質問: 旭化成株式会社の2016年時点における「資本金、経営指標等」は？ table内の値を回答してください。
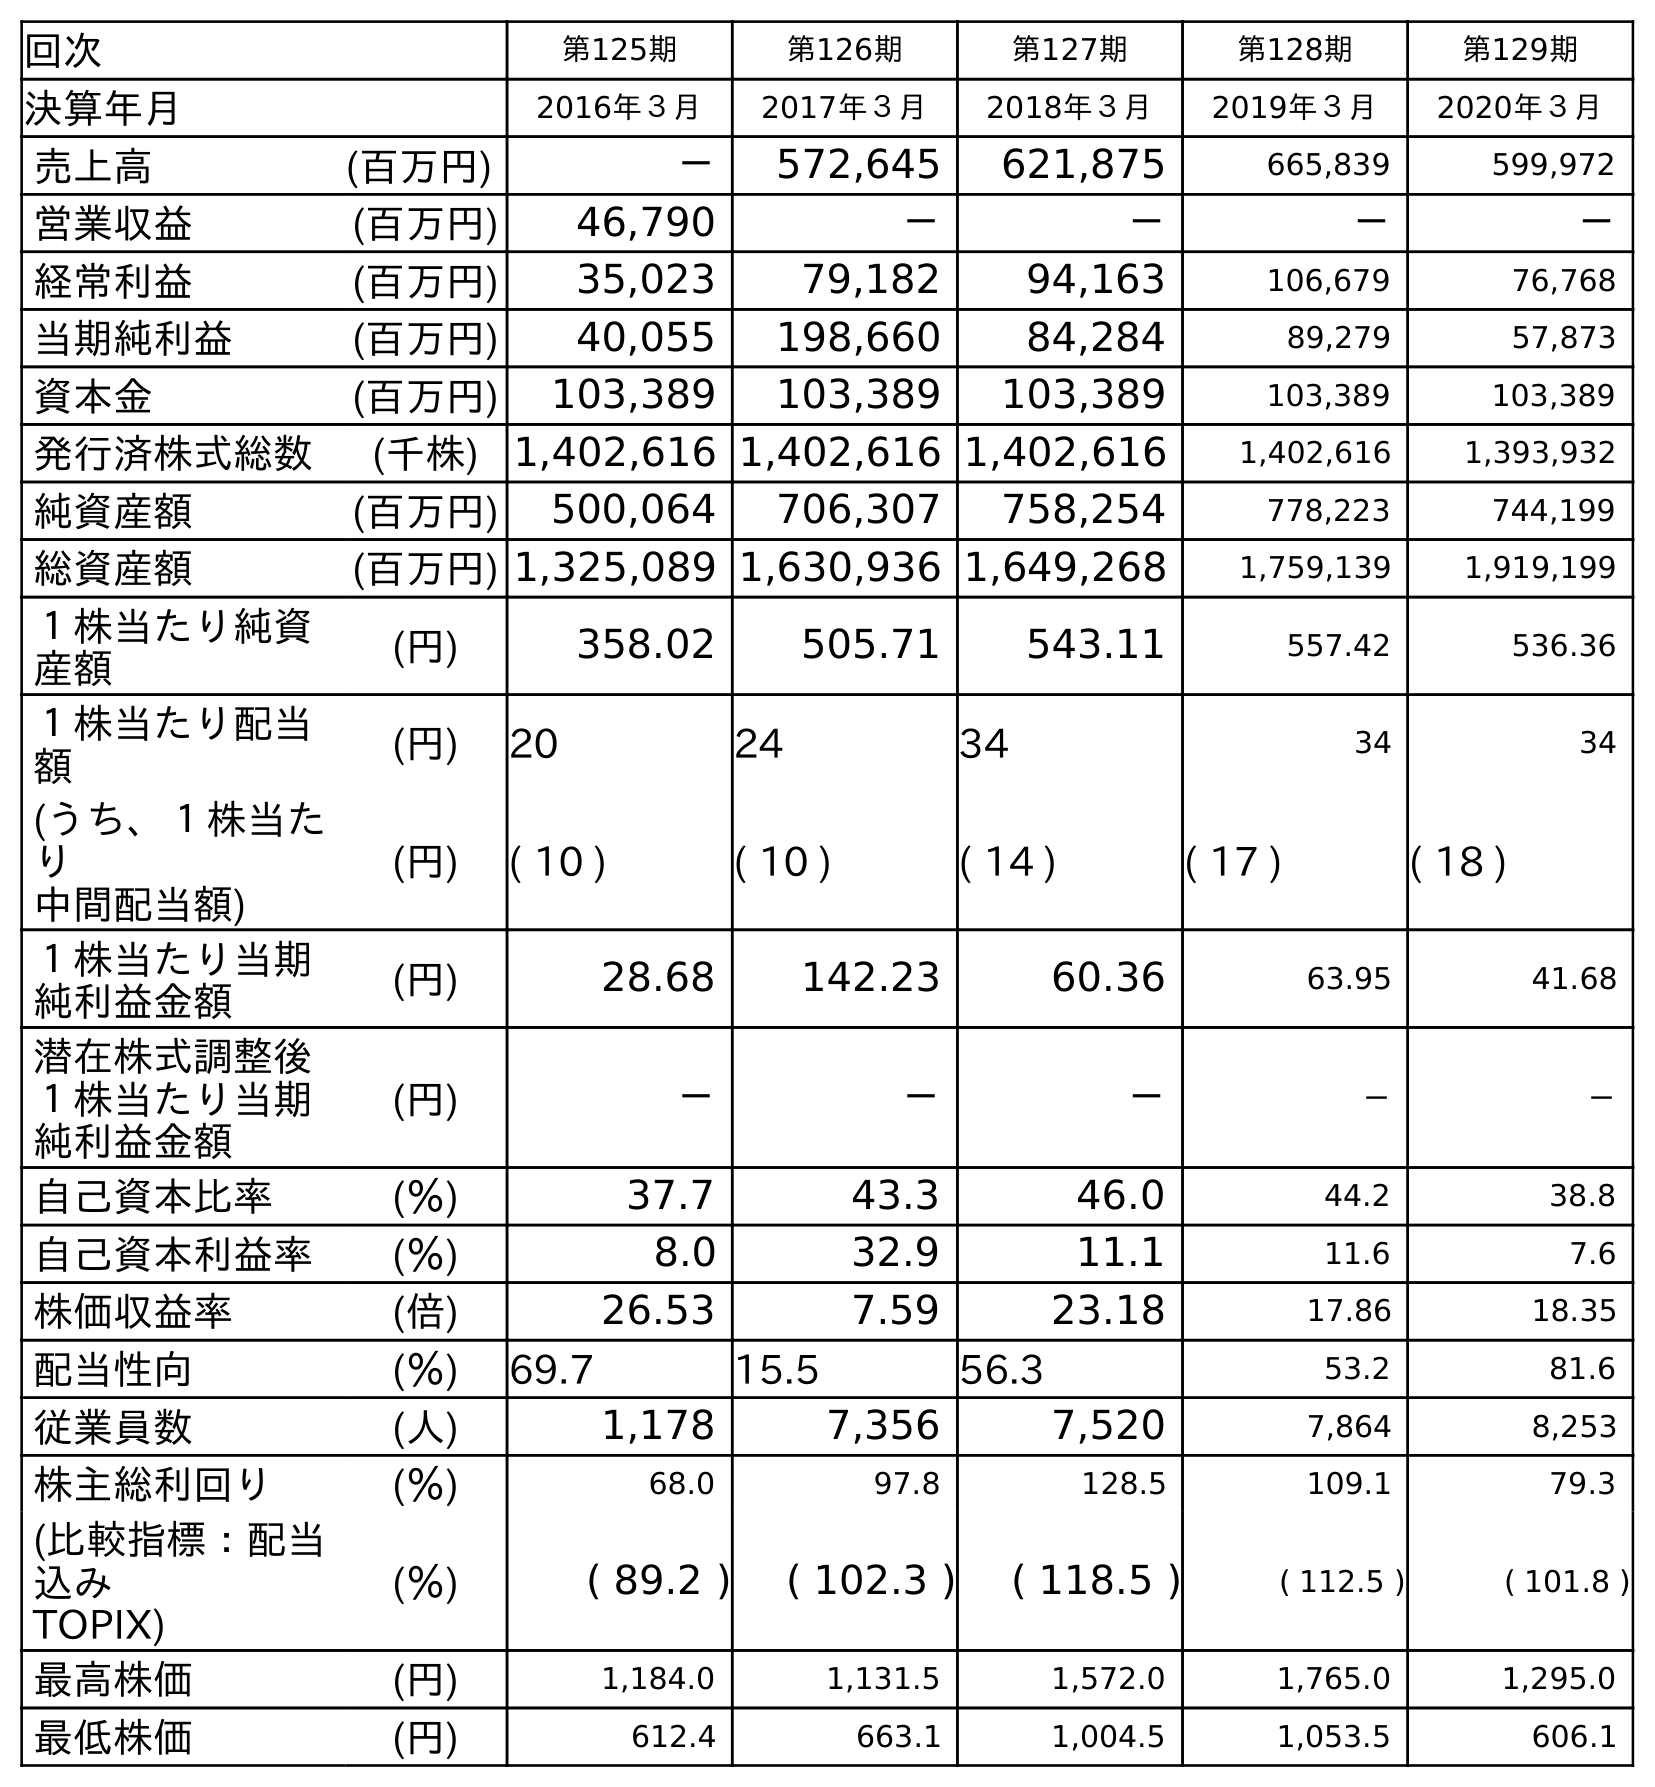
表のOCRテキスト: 回次 第125期 第126期 第127期 第128期 第129期 決算年月 2016年３月 2017年３月 2018年３月 2019年３月 2020年３月 売上高 (百万円) － 572,645 621,875 665,839 599,972 営業収益 (百万円) 46,790 － － － － 経常利益 (百万円) 35,023 79,182 94,163 106,679 76,768 当期純利益 (百万円) 40,055 198,660 84,284 89,279 57,873 資本金 (百万円) 103,389 103,389 103,389 103,389 103,389 発行済株式総数 (千株) 1,402,616 1,402,616 1,402,616 1,402,616 1,393,932 純資産額 (百万円) 500,064 706,307 758,254 778,223 744,199 総資産額 (百万円) 1,325,089 1,630,936 1,649,268 1,759,139 1,919,199 １株当たり純資 産額 (円) 358.02 505.71 543.11 557.42 536.36 １株当たり配当 額 (円) 20 24 34 34 34 (うち、１株当た り 中間配当額) (円) ( 10 ) ( 10 ) ( 14 ) ( 17 ) ( 18 ) １株当たり当期 純利益金額 (円) 28.68 142.23 60.36 63.95 41.68 潜在株式調整後 １株当たり当期 純利益金額 (円) － － － － － 自己資本比率 (％) 37.7 43.3 46.0 44.2 38.8 自己資本利益率 (％) 8.0 32.9 11.1 11.6 7.6 株価収益率 (倍) 26.53 7.59 23.18 17.86 18.35 配当性向 (％) 69.7 15.5 56.3 53.2 81.6 従業員数 (人) 1,178 7,356 7,520 7,864 8,253 株主総利回り (％) 68.0 97.8 128.5 109.1 79.3 (比較指標：配当 込み TOPIX) (％) ( 89.2 ) ( 102.3 ) ( 118.5 ) ( 112.5 ) ( 101.8 ) 最高株価 (円) 1,184.0 1,131.5 1,572.0 1,765.0 1,295.0 最低株価 (円) 612.4 663.1 1,004.5 1,053.5 606.1
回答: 103,389